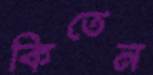
কিতেন